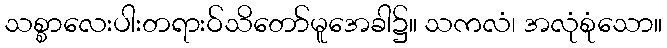
သစ္စာလေးပါးတရားဝ်သိတော်မူအေခါ၌။ သကလံ၊ အလုံစုံသော။